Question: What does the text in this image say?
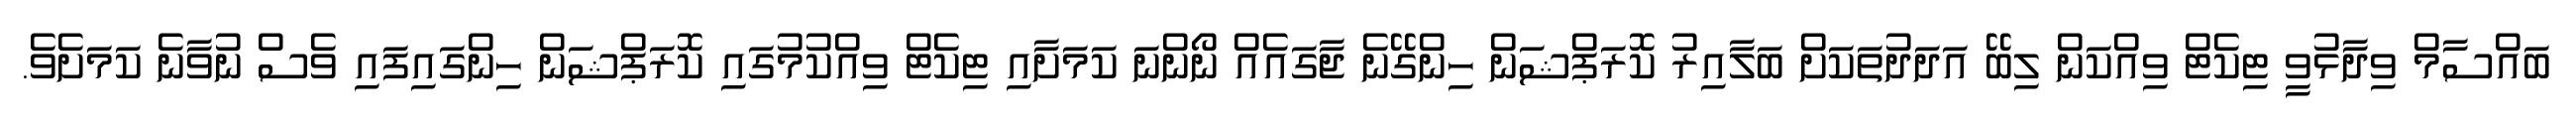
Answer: ބައްސާމް ވިދާޅުވީ ޓިކެޓް ވިއްކަން ލިބޭ އަދަދުތަކަށް ބަލާއިރު ކޮރަޕްޝަން ހިންގޭނެ ޖާގައެއް ނޯންނަ ކަމަށާއި ޓިކެޓް ވިއްކުމުގައި ކޮރަޕްޝަން ހިންގައިފައި ވެސް ނުވާނެ ކަމަށެވެ.